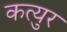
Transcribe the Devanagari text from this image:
कत्युर